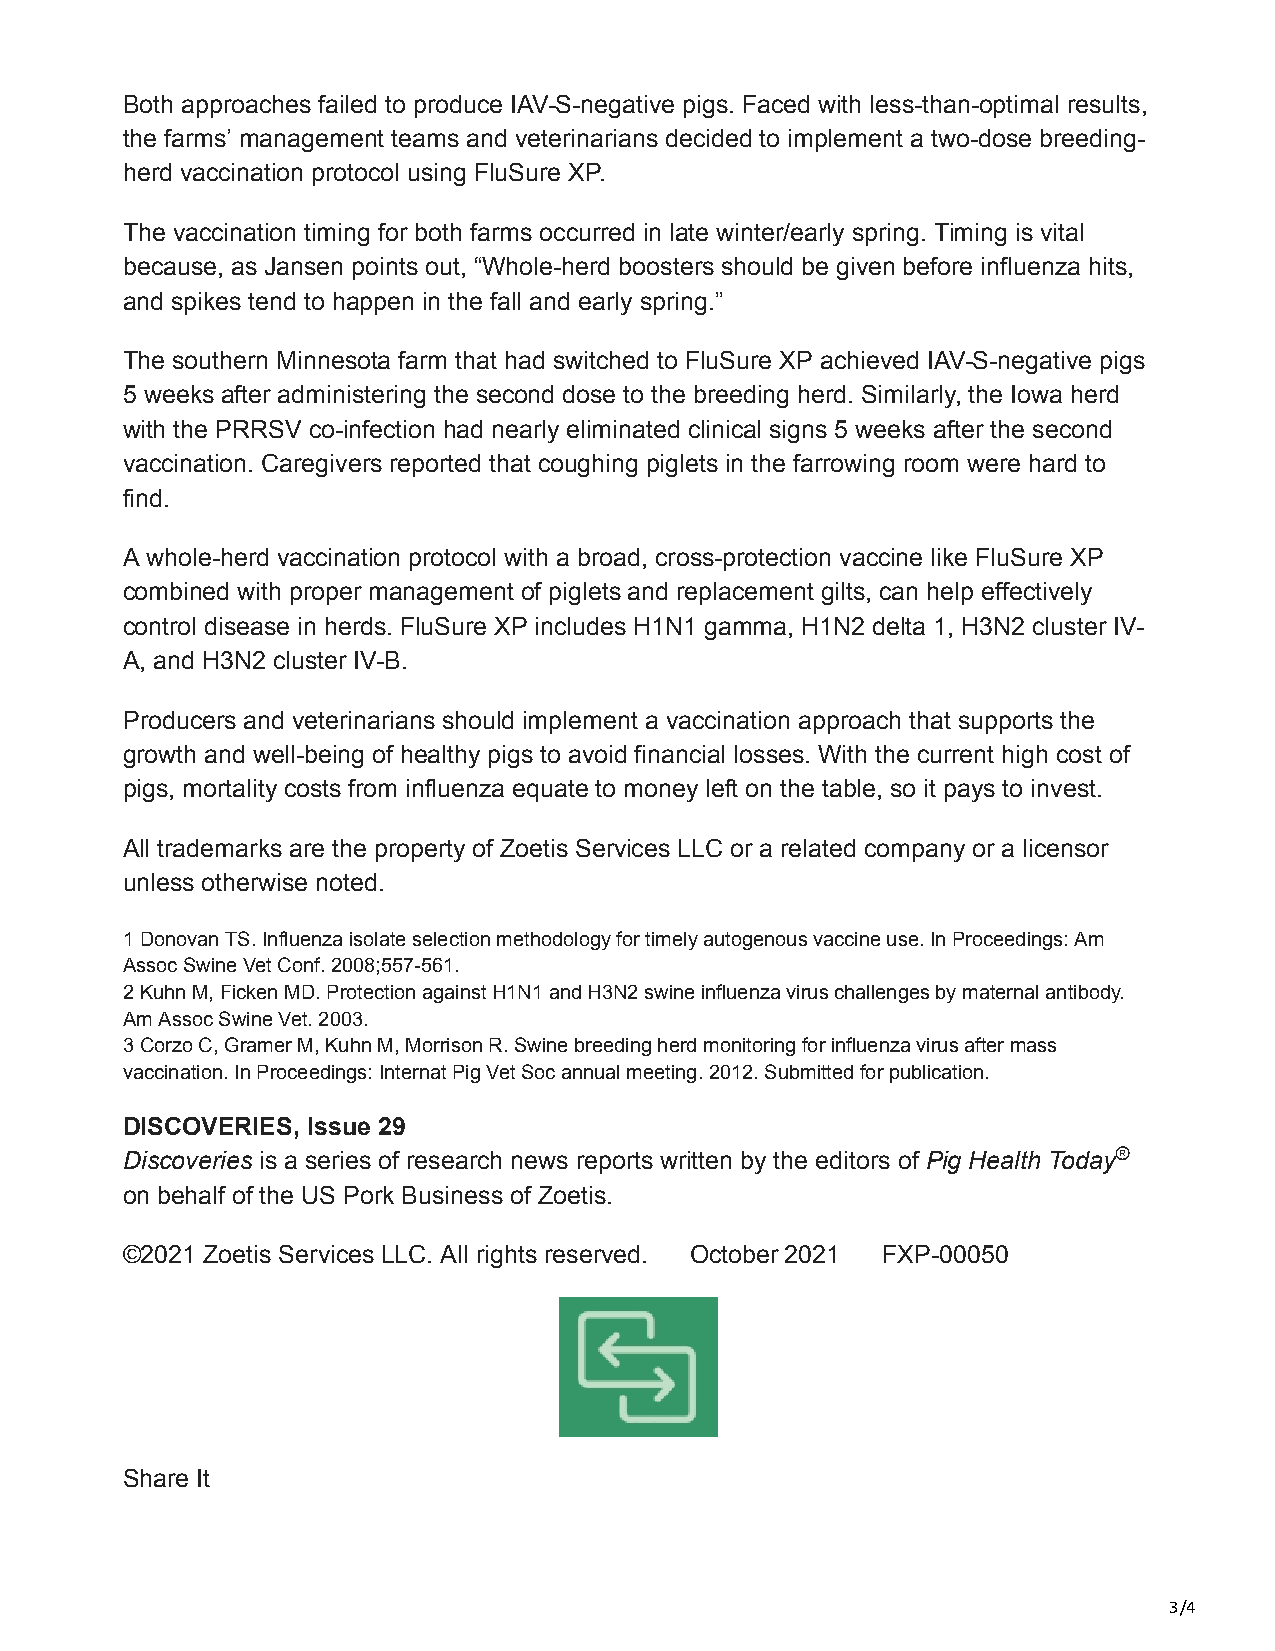
Both approaches failed to produce IAV-S-negative pigs. Faced with less-than-optimal results,
 the farms’ management teams and veterinarians decided to implement a two-dose breeding-
 herd vaccination protocol using FluSure XP.
 The vaccination timing for both farms occurred in late winter/early spring. Timing is vital
 because, as Jansen points out, “Whole-herd boosters should be given before influenza hits,
 and spikes tend to happen in the fall and early spring.”
 The southern Minnesota farm that had switched to FluSure XP achieved IAV-S-negative pigs
 5 weeks after administering the second dose to the breeding herd. Similarly, the Iowa herd
 with the PRRSV co-infection had nearly eliminated clinical signs 5 weeks after the second
 vaccination. Caregivers reported that coughing piglets in the farrowing room were hard to
 find.
 A whole-herd vaccination protocol with a broad, cross-protection vaccine like FluSure XP
 combined with proper management of piglets and replacement gilts, can help effectively
 control disease in herds. FluSure XP includes H1N1 gamma, H1N2 delta 1, H3N2 cluster IV-
 A, and H3N2 cluster IV-B.
 Producers and veterinarians should implement a vaccination approach that supports the
 growth and well-being of healthy pigs to avoid financial losses. With the current high cost of
 pigs, mortality costs from influenza equate to money left on the table, so it pays to invest.
 All trademarks are the property of Zoetis Services LLC or a related company or a licensor
 unless otherwise noted.
 1 Donovan TS. Influenza isolate selection methodology for timely autogenous vaccine use. In Proceedings: Am
 Assoc Swine Vet Conf. 2008;557-561.
 2 Kuhn M, Ficken MD. Protection against H1N1 and H3N2 swine influenza virus challenges by maternal antibody.
 Am Assoc Swine Vet. 2003.
 3 Corzo C, Gramer M, Kuhn M, Morrison R. Swine breeding herd monitoring for influenza virus after mass
 vaccination. In Proceedings: Internat Pig Vet Soc annual meeting. 2012. Submitted for publication.
 DISCOVERIES, Issue 29
 Discoveries is a series of research news reports written by the editors of Pig Health Today®
 on behalf of the US Pork Business of Zoetis.
 ©2021 Zoetis Services LLC. All rights reserved. October 2021 FXP-00050
 Share It
 3/4